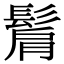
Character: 𩭠